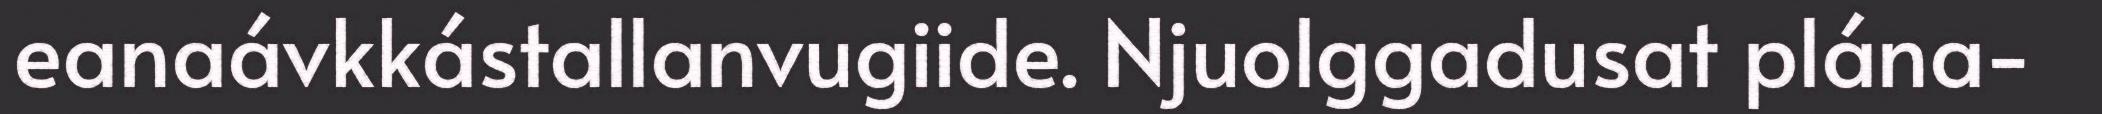
eanaávkkástallanvugiide. Njuolggadusat plána-